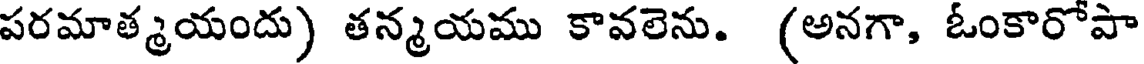
పరమాత్మయందు) తన్మయము కావలెను. (అనగా, ఓంకారోపా